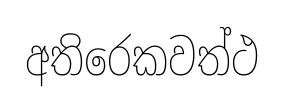
අතිරෙකවත්ථ